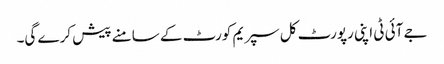
جے آئی ٹی اپنی رپورٹ کل سپریم کورٹ کے سامنے پیش کرے گی۔